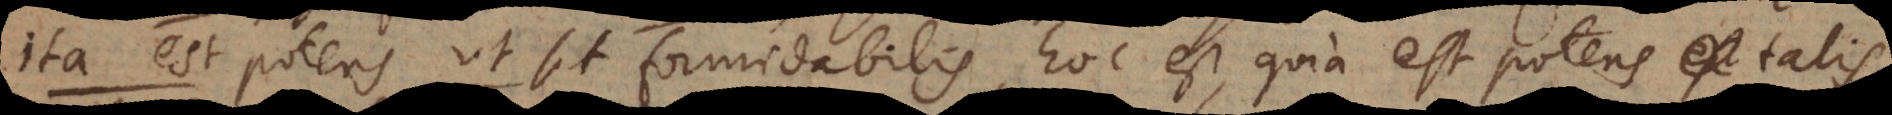
a est potens u t sit formidabilis, hoc est, quia est potens talis,